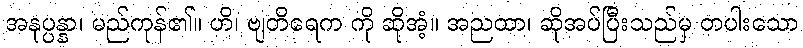
အနုပ္ပန္နာ၊ မည်ကုန်၏။ ဟိ၊ ဗျတိရေက ကို ဆိုအံ့။ အညထာ၊ ဆိုအပ်ပြီးသည်မှ တပါးသော